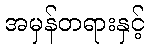
အမှန်တရားနှင့်